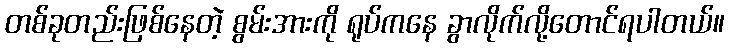
တစ်ခုတည်းဖြစ်နေတဲ့ စွမ်းအားကို ရုပ်ကနေ ခွာလိုက်လို့တောင်ရပါတယ်။